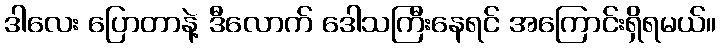
ဒါလေး ပြောတာနဲ့ ဒီလောက် ဒေါသကြီးနေရင် အကြောင်းရှိရမယ်။